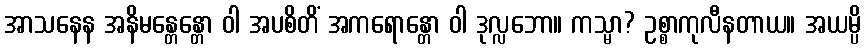
အာသနေန အနိမန္တေန္တော ဝါ အပစိတိံ အကရောန္တော ဝါ ဒုလ္လဘော။ ကသ္မာ? ဥစ္စာကုလီနတာယ။ အယမ္ပိ